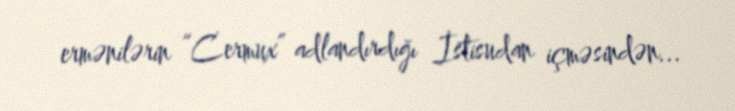
ermənilərin “Cermux” adlandırdığı İstisudan içməsindən...